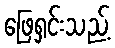
ဖြေရှင်းသည့်